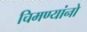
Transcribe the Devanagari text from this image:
चिमण्यांनो